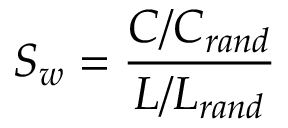
S _ { w } = \frac { C / C _ { r a n d } } { L / L _ { r a n d } }